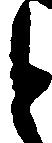
と